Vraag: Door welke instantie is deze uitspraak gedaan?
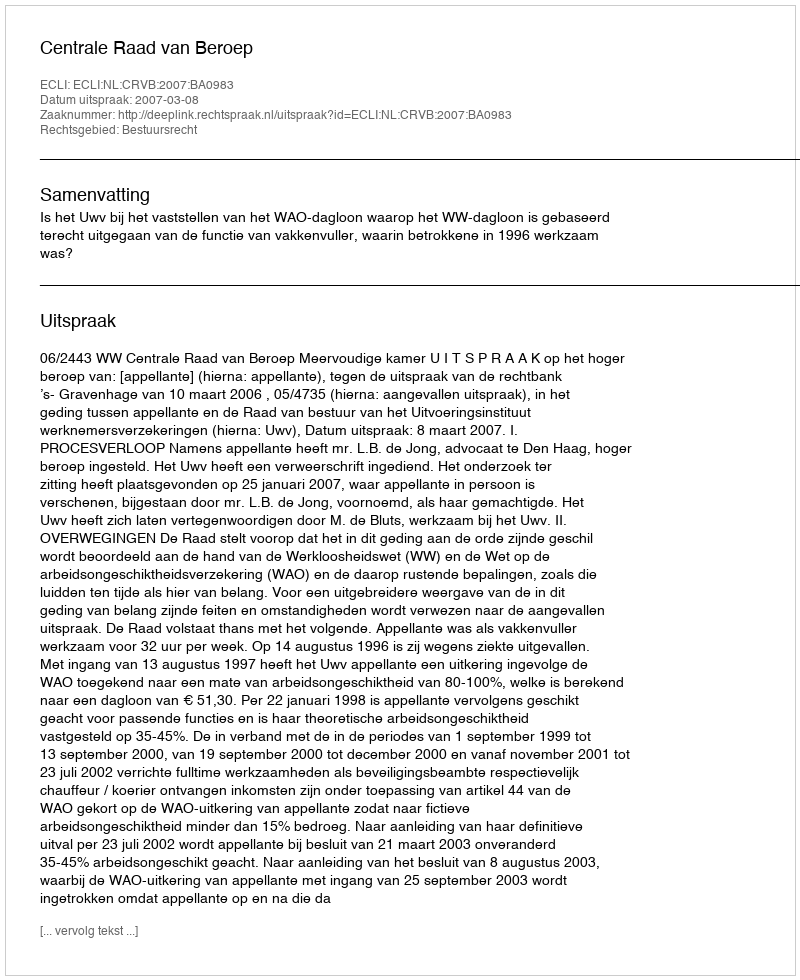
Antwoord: Centrale Raad van Beroep